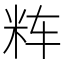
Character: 𱸵